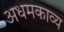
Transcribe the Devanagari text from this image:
अधमकाव्य